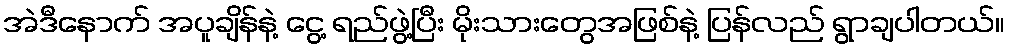
အဲဒီနောက် အပူချိန်နဲ့ ငွေ့ ရည်ဖွဲ့ပြီး မိုးသားတွေအဖြစ်နဲ့ ပြန်လည် ရွာချပါတယ်။